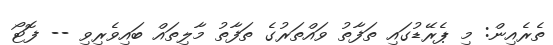
ތެރެއިން: މި ޕެރޭޑުގައި ތަފާތު ވައްތަރުގެ ތަފާތު މާލިތައް ބައިވެރިވި -- ފޮޓޯ